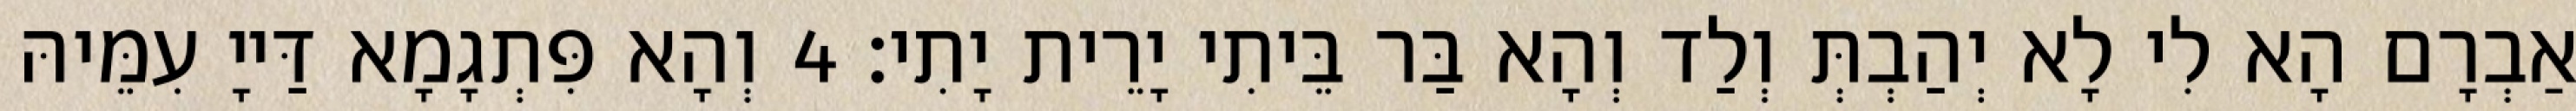
אַבְרָם הָא לִי לָא יְהַבְתְּ וְלַד וְהָא בַּר בֵּיתִי יָרֵית יָתִי׃ 4 וְהָא פִּתְגָמָא דַּייָ עִמֵּיהּ